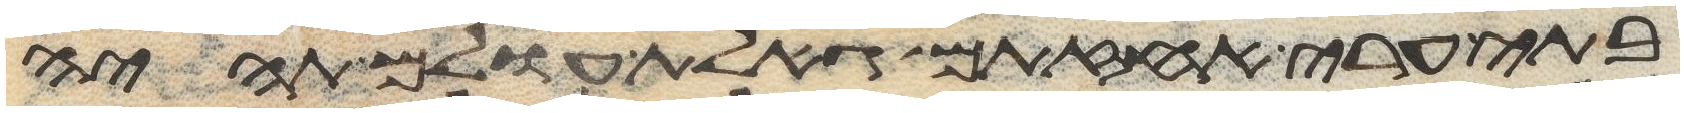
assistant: בתי ערי אחזתם גאלת עולם תהיה